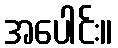
အပေါင်း။